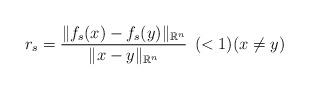
\begin{align*}r_{s} = \dfrac{\|f_{s}(x) - f_{s}(y)\|_{\mathbb{R}^{n}}}{\| x - y \|_{\mathbb{R}^{n}}} \;\,(<1)(x \neq y) \end{align*}